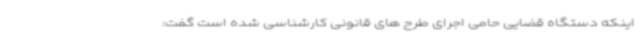
اینکه دستگاه قضایی حامی اجرای طرح های قانونی کارشناسی شده است گفت: